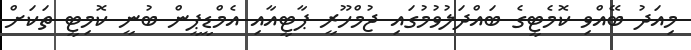
މިއަދު ބޭއްވި ކޮމެޓީގެ ބައްދަލުވުމުގައި ޖުމްހޫރީ ޕާޓީއާއި އެމްޑީޕީން ބުނީ ކޮމިޓީ ތަކަށް